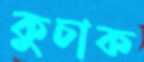
কুচাক